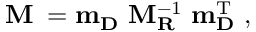
\bf M _ { \nu } = m _ { D } \ M _ { R } ^ { \mathrm { - 1 } } \ m _ { D } ^ { \mathrm { T } } \ ,